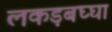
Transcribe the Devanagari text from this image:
लकड़बघ्घा